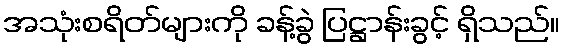
အသုံးစရိတ်များကို ခန့်ခွဲ ပြဋ္ဌာန်းခွင့် ရှိသည်။